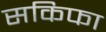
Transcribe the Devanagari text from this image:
सकिफा